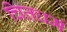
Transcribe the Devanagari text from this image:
चित्तधर्म